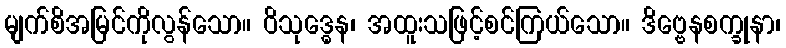
မျက်စိအမြင်ကိုလွန်သော။ ဝိသုဒ္ဓေန၊ အထူးသဖြင့်စင်ကြယ်သော။ ဒိဗ္ဗေနစက္ခုနာ၊